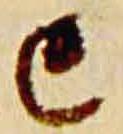
亡